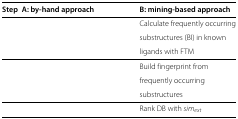
<table><thead><tr><td><b>Step</b></td><td><b>A: by-hand approach</b></td><td><b>B: mining-based approach</b></td></tr></thead><tbody><tr><td>[EMPTY_CELL]</td><td>[EMPTY_CELL]</td><td>Calculate frequently occurring</td></tr><tr><td>[EMPTY_CELL]</td><td>[EMPTY_CELL]</td><td>substructures (BI) in known</td></tr><tr><td>[EMPTY_CELL]</td><td>[EMPTY_CELL]</td><td>ligands with FTM</td></tr><tr><td>[EMPTY_CELL]</td><td>[EMPTY_CELL]</td><td>Build fingerprint from</td></tr><tr><td>[EMPTY_CELL]</td><td>[EMPTY_CELL]</td><td>frequently occurring</td></tr><tr><td>[EMPTY_CELL]</td><td>[EMPTY_CELL]</td><td>substructures</td></tr><tr><td>[EMPTY_CELL]</td><td>[EMPTY_CELL]</td><td>Rank DB with <i>s</i><i>i</i><i>m</i><sub><i>e</i><i>x</i><i>t</i></sub></td></tr></tbody></table>